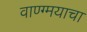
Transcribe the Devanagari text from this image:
वाण्ग्मयाचा